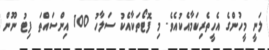
ލަނީ މީހުންގެ އެހީތެރިކަމާއެކުއެވެ. މި ފޮޓޯތަކާއެކު ސަލާހު 100 އިންސައްތަ ފިޓު ނޫން